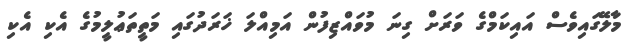
މާލޭގައިވެސް އައިކަމްގެ ވަރަށް ގިނަ މުވައްޒިފުން އަމިއްލަ ޚަރަދުގައި މަތީތަޢުލީމުގެ އެކި އެކި